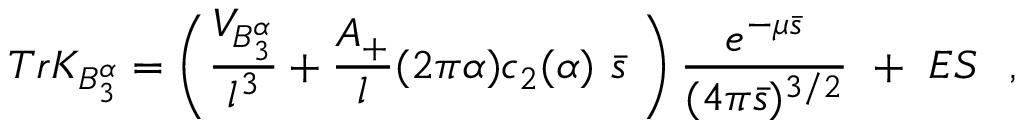
T r K _ { B _ { 3 } ^ { \alpha } } = \left( { \frac { V _ { B _ { 3 } ^ { \alpha } } } { l ^ { 3 } } } + { \frac { A _ { + } } { l } } ( 2 \pi \alpha ) c _ { 2 } ( \alpha ) ~ \bar { s } ~ \right) { \frac { e ^ { - \mu \bar { s } } } { ( 4 \pi \bar { s } ) ^ { 3 / 2 } } } ~ + ~ E S ~ ~ ,